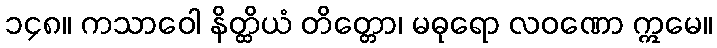
၁၄၈။ ကသာဝေါ နိတ္ထိယံ တိတ္တော၊ မဓုရော လဝဏော ဣမေ။